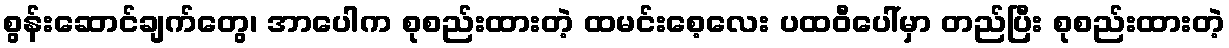
စွန်းဆောင်ချက်တွေ၊ အာပေါက စုစည်းထားတဲ့ ထမင်းစေ့လေး ပထဝီပေါ်မှာ တည်ပြီး စုစည်းထားတဲ့